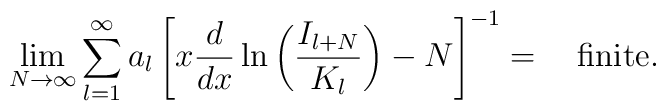
\lim_{N \rightarrow \infty} \sum^\infty_{l = 1} a_l \left[ x\displaystyle\frac{d}{dx} \ln \left( \displaystyle\frac{I_{l +N}}{K_l} \right) - N \right]^{-1} = \quad \mbox {finite}.